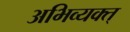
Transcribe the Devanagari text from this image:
अभिव्यक्त्